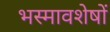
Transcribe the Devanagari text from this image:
भस्मावशेषों